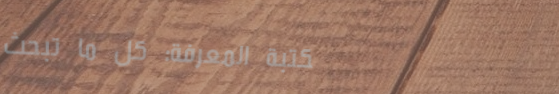
مكتبة المعرفة: كل ما تبحث